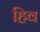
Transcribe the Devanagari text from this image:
हिव